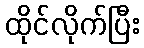
ထိုင်လိုက်ပြီး